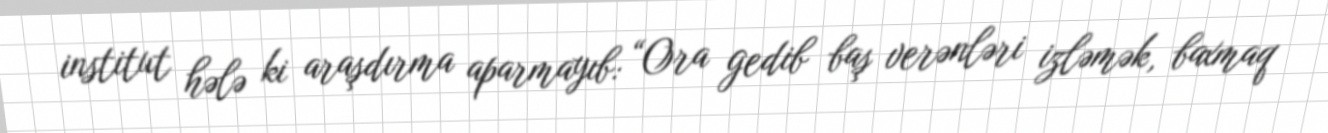
institut hələ ki araşdırma aparmayıb: “Ora gedib baş verənləri izləmək, baxmaq